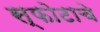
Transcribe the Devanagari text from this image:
स्फोटाचे